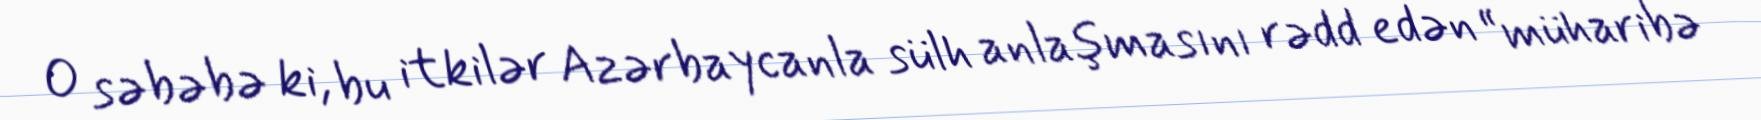
O səbəbə ki, bu itkilər Azərbaycanla sülh anlaşmasını rədd edən “müharibə